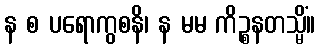
န စ ပရောကွစနိ၊ န မမ ကိဉ္စနတသ္မိံ။